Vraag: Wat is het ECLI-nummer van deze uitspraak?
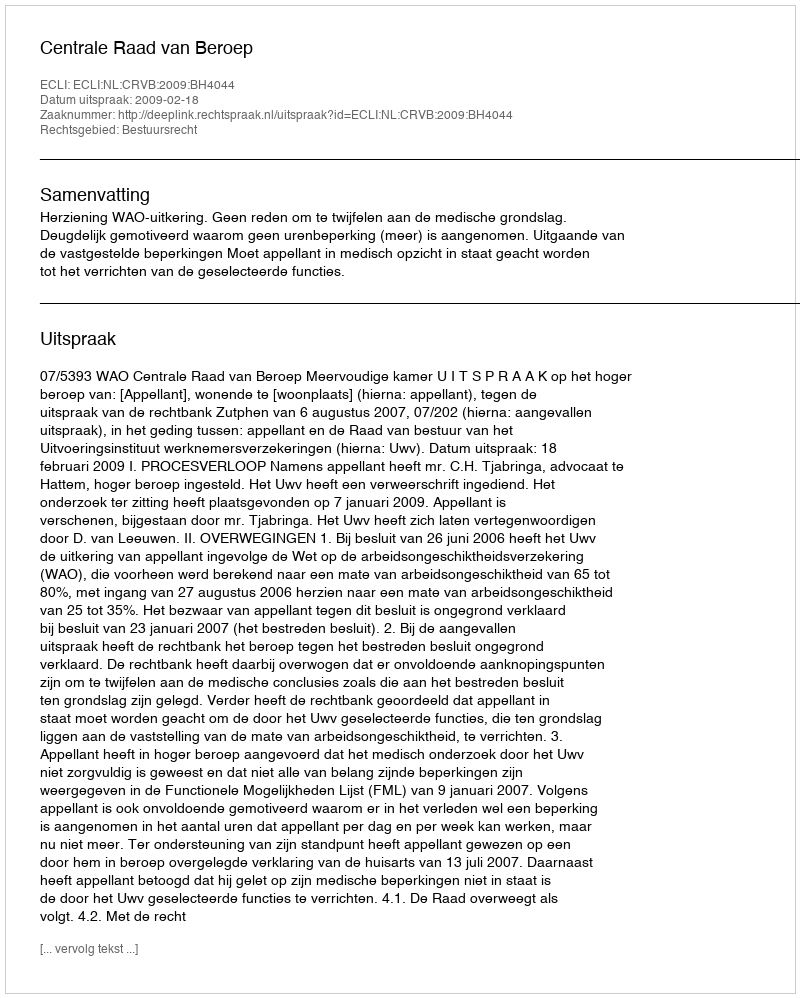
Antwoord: ECLI:NL:CRVB:2009:BH4044